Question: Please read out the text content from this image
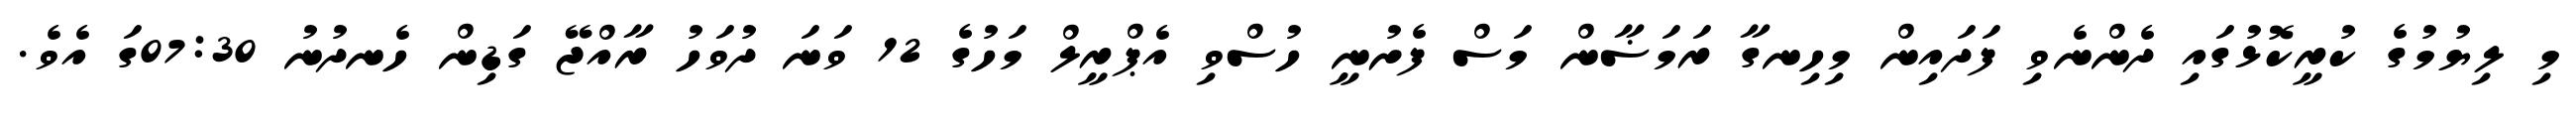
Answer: މި ލިޔުމުގެ ކުރީކޮޅުގައި ދެންނެވި ފަދައިން މިހިނގާ ރަމަޟާން މަސް ފެށުނީ ހުސްވި އެޕްރީލް މަހުގެ 12 ވަނަ ދުވަހު ރާއްޖޭ ގަޑިން ހެނދުނު 07:30ގަ އެވެ.